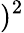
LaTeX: )^{2}